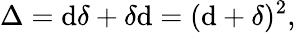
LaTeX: \Delta=\mathrm{d}\delta+\delta\mathrm{d}=(\mathrm{d}+\delta)^{2},